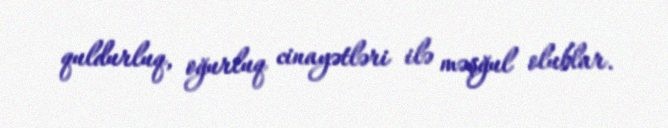
quldurluq, oğurluq cinayətləri ilə məşğul olublar.